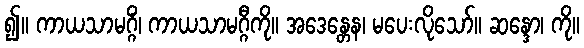
၍။ ကာယသာမဂ္ဂိံ၊ ကာယသာမဂ္ဂီကို။ အဒေန္တေန၊ မပေးလိုသော်။ ဆန္ဒော၊ ကို။